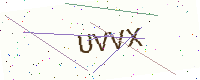
Text: UVVX